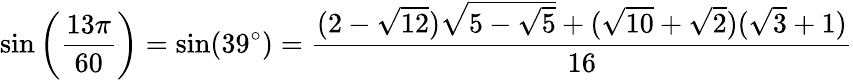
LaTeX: \sin\left({\frac{13\pi}{60}}\right)=\sin(39^{\circ})={\frac{(2-{\sqrt{12}}){\sqrt{5-{\sqrt{5}}}}+({\sqrt{10}}+{\sqrt{2}})({\sqrt{3}}+1)}{16}}